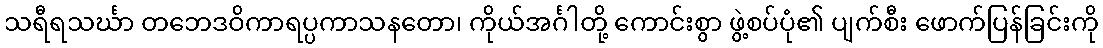
သရီရသင်္ဃာ တဘေဒဝိကာရပ္ပကာသနတော၊ ကိုယ်အင်္ဂါတို့ ကောင်းစွာ ဖွဲ့စပ်ပုံ၏ ပျက်စီး ဖောက်ပြန်ခြင်းကို